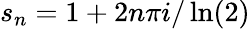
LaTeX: s_{n}=1+2n\pi i/\ln(2)